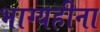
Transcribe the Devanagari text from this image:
भाग्यहीना